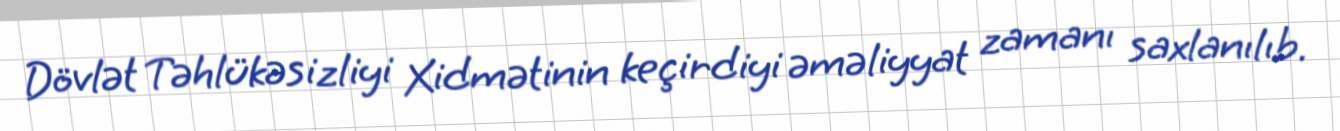
Dövlət Təhlükəsizliyi Xidmətinin keçirdiyi əməliyyat zamanı saxlanılıb.